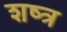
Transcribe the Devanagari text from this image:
शष्त्र